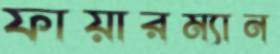
ফায়ারম্যান